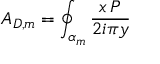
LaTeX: A _ { D , m } = \oint _ { \alpha _ { m } } { \frac { x \, \d P } { 2 i \pi y } }